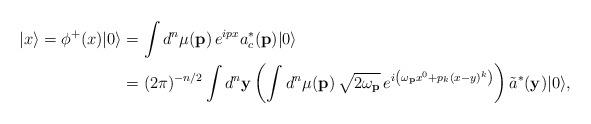
LaTeX: \begin{align*}\vert x\rangle=\phi^{+}(x)\vert0\rangle&= \int d^n\mu(\mathbf{p}) \,e^{ipx}a_c^{*}(\mathbf{p})\vert0\rangle\\&= (2\pi)^{-n/2}\int d^n \mathbf{y}\left( \int d^n \mu(\mathbf{p}) \,\sqrt{2\omega_{\mathbf{p}}}\,e^{i\left(\omega_{\mathbf{p}}x^0+p_k(x-y)^{k}\right)} \right) \tilde{a}^*(\mathbf{y})\vert0\rangle, \end{align*}